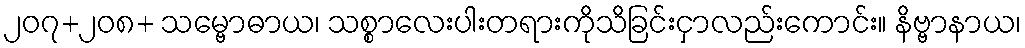
၂၀၇+၂၀၈+ သမ္ဗောဓာယ၊ သစ္စာလေးပါးတရားကိုသိခြင်းငှာလည်းကောင်း။ နိဗ္ဗာနာယ၊